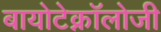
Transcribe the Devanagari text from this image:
बायोटेक्नॉलोजी